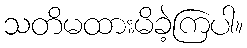
သတိမထားမိခဲ့ကြပါ။